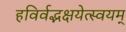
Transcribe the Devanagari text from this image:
हविर्वद्भक्षयेत्स्वयम्